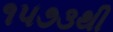
૧૫૭૩થી